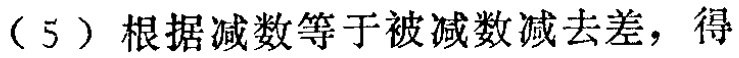
（5）根据减数等于被减数减去差，得